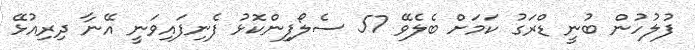
ފުލުހުން ބުނީ ޑްރަގު ކަމަށް ބެލެވޭ 57 ސެލޯފިންކޮޅު ފެނިފައިވަނީ އޭނާ ދިރިއުޅޭ